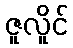
ဇူလိူင်